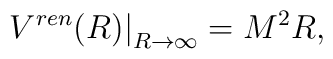
\left.V^{ren}(R)\right|_{R\to\infty}=M^2 R,